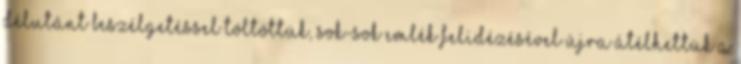
délutánt beszélgetéssel töltöttük, sok-sok emlék felidézésével újra átélhettük a